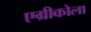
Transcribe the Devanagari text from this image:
एग्रीकोला